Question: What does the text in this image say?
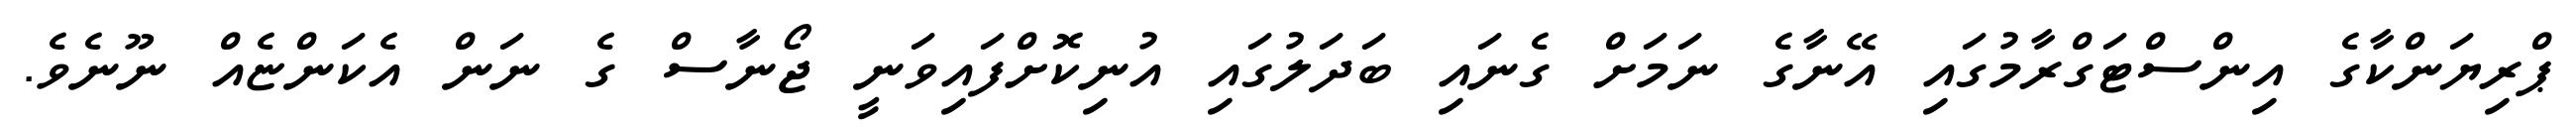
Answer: ޕްރިޔަންކާގެ އިންސްޓަގްރާމުގައި އޭނާގެ ނަމަށް ގެނައި ބަދަލުގައި އުނިކޮށްފައިވަނީ ޖޯނާސް ގެ ނަން އެކަންޏެއް ނޫނެވެ.